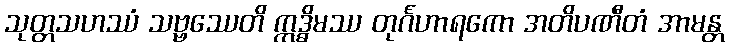
သုတ္တသဟဿံ သဗ္ဗဿေတိ ဣဒ္ဓိမဿ တုင်္ဂဟာရကော အတိပဏီတံ အာမန္တ